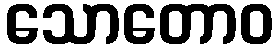
သောတောဝ